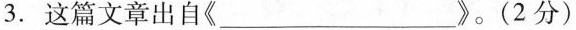
3.这篇文章出自《___》。(2分)